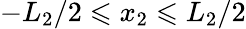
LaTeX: -L_{2}/2\leqslant x_{2}\leqslant L_{2}/2